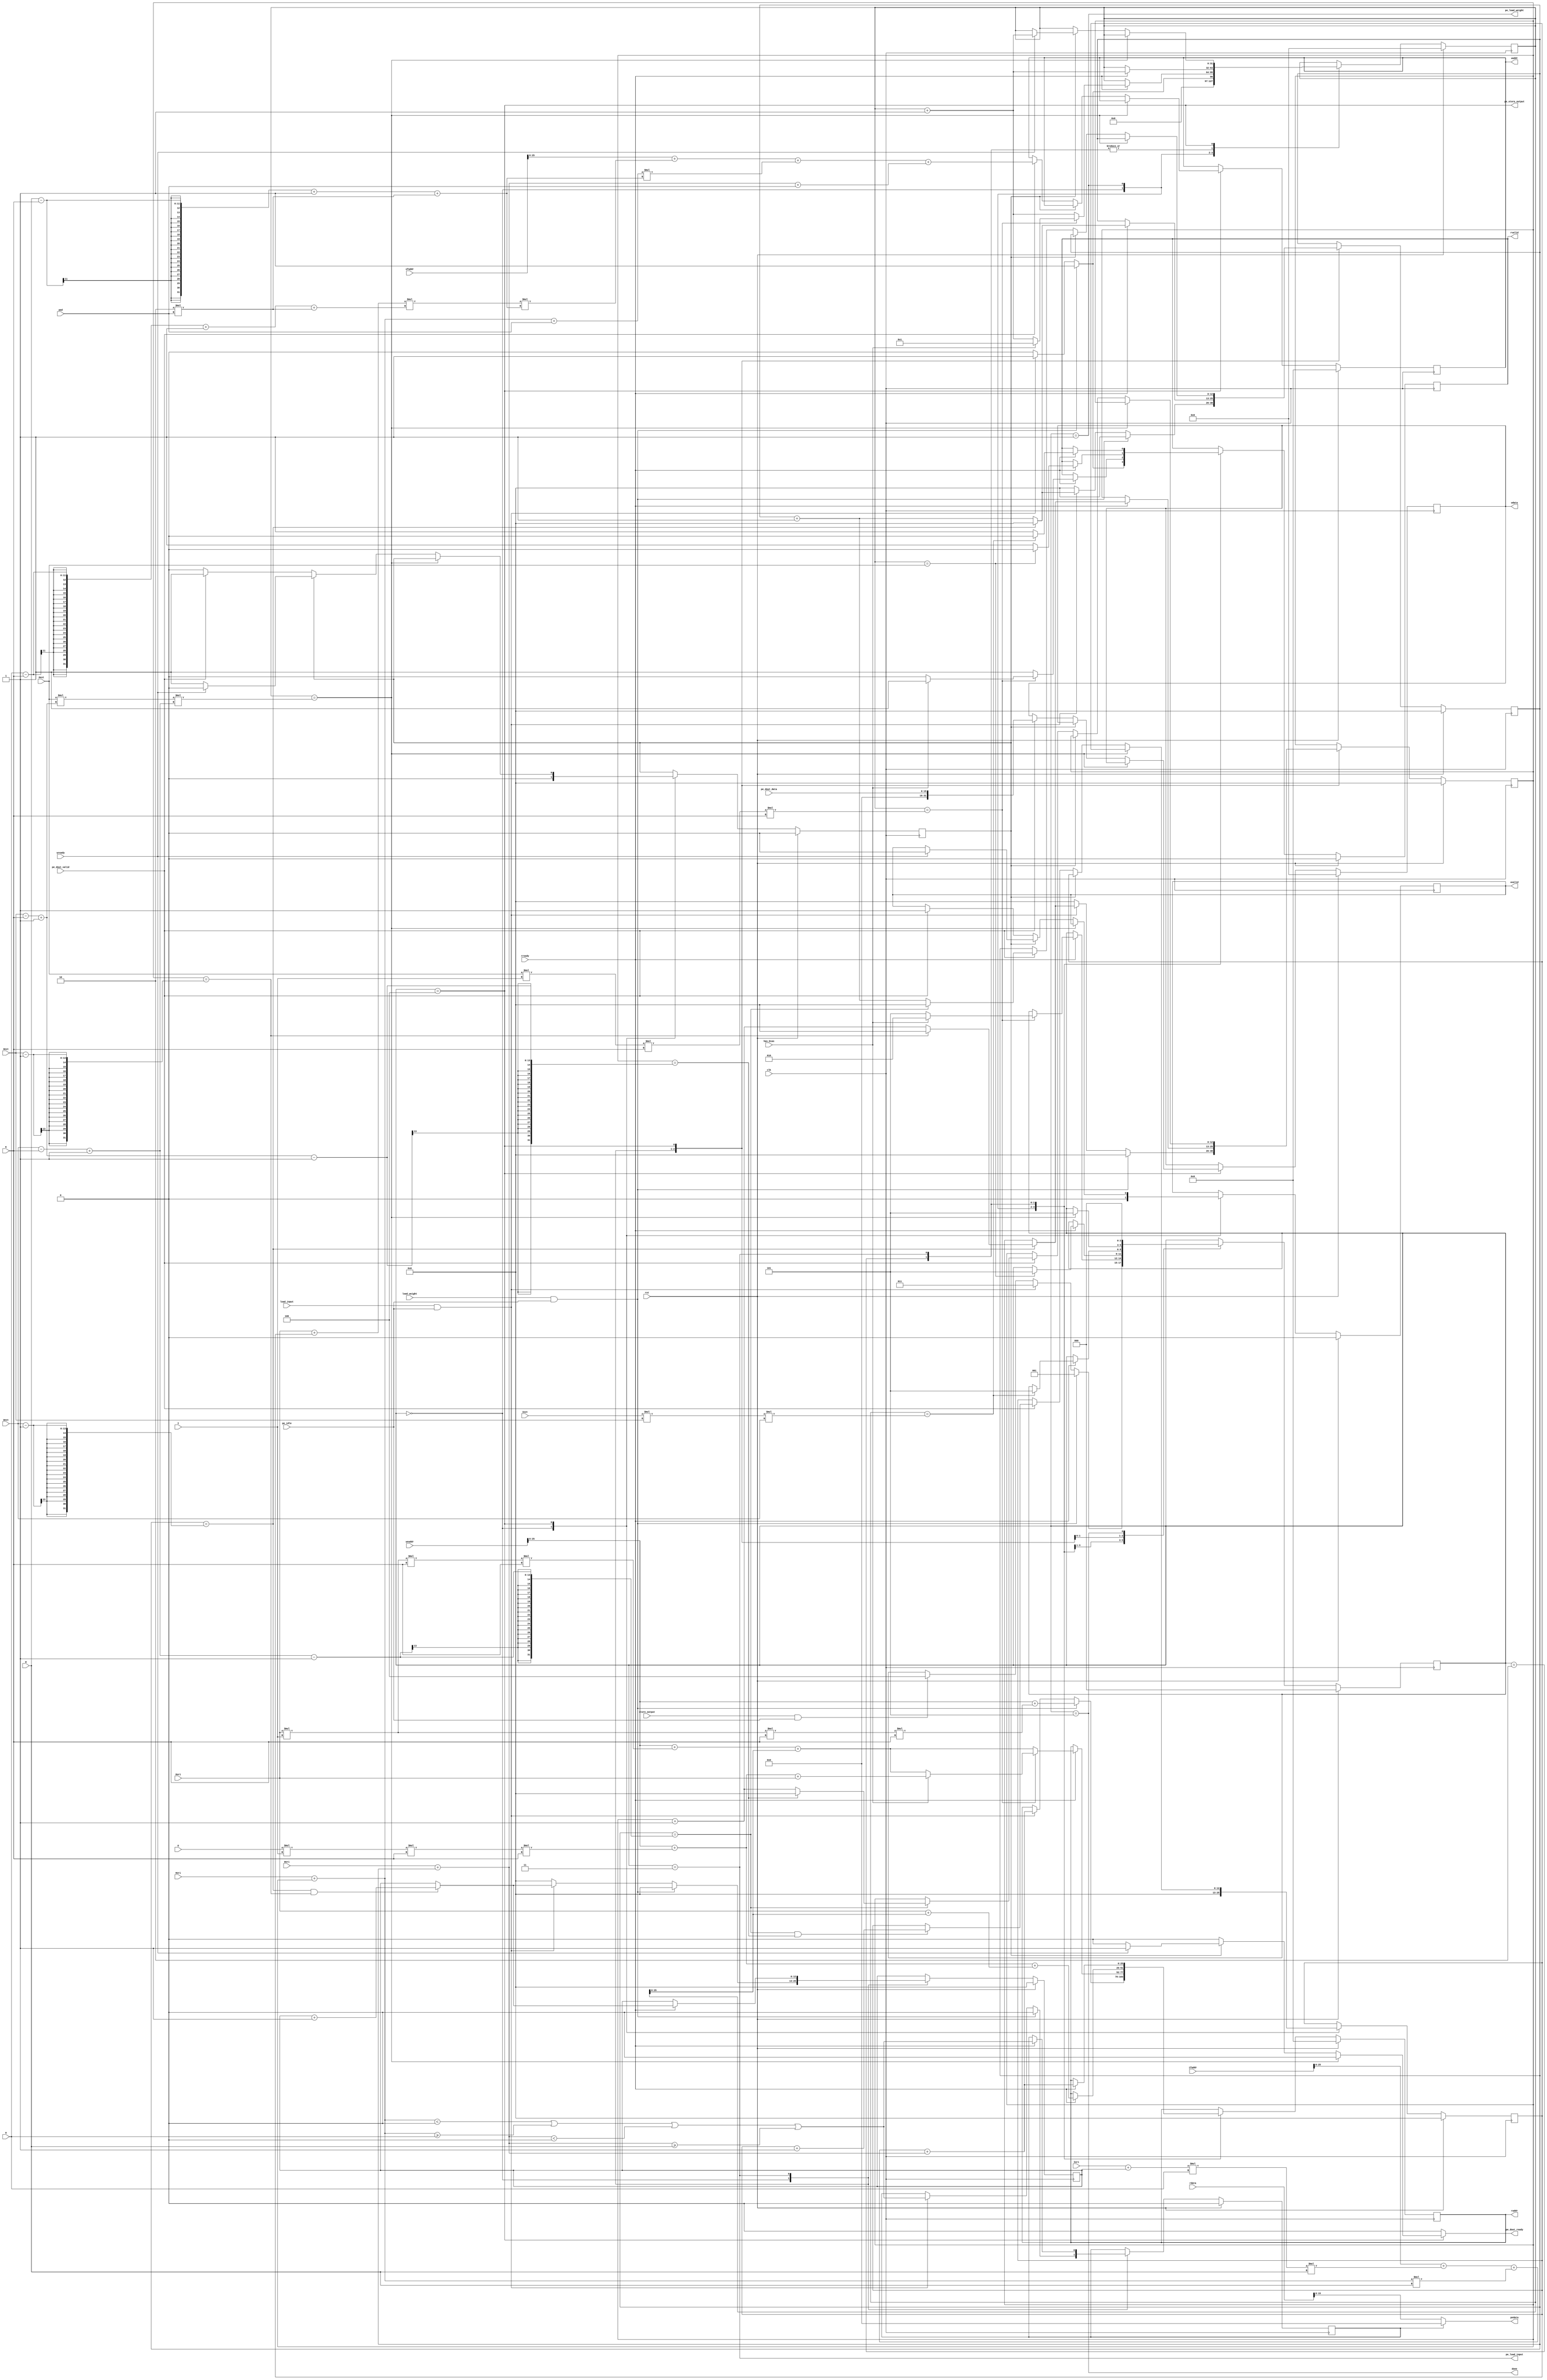
module CVDataLoader (
    input         clk,
    input         rst,
// layer-wise signals
    input  [10:0] I,
    input  [10:0] O,
    input   [4:0] K,
    input  [10:0] H,
    input  [10:0] W,
    input   [1:0] pad,
    input         has_bias,
    input  [26:0] ifaddr,
    input  [26:0] weaddr,
    input  [26:0] ofaddr,
// PE-wise signals
    input  [12:0] Iext,
    input  [12:0] Oext,
    input  [12:0] Hext,
    input  [12:0] Wext,
    input  [12:0] Iori,
    input  [12:0] Oori,
    input  [12:0] Hori,
    input  [12:0] Wori,
// PE control signals
    input         pe_dout_valid,
    output        pe_dout_ready,
    input  [15:0] pe_dout_data,
// decoder control signals
    input         load_weight,
    input         load_input,
    input         store_output,
    output        done,
// control signals to PE
    output        pe_load_weight,
    output        pe_load_input,
    output        pe_store_output,
    input         pe_idle,
// external memory interface
    output        wvalid,
    input         wready,
    output [25:0] waddr,
    output [31:0] wdata,
    output        rvalid,
    input         rready,
    output [25:0] raddr,
    input  [31:0] rdata,
// CVEngine data (for padding)
    output [15:0] pedata
);

// states
    reg   [2:0] state, state_next;
    parameter S_IDLE = 0;
    parameter S_LW   = 1;
    parameter S_LB   = 2;
    parameter S_LIF  = 3;
    parameter S_SOF  = 4;
    parameter S_DONE = 5;

// external memory interface
    reg  [25:0] waddr_r, waddr_w;
    reg  [25:0] raddr_r, raddr_w;
    reg         wvalid_r, wvalid_w;
    reg         rvalid_r, rvalid_w;
    reg  [31:0] wdata_r, wdata_w;
    reg         waiting_r, waiting_w;
    assign waddr = waddr_r;
    assign raddr = raddr_r;
    assign wvalid = wvalid_r;
    assign rvalid = rvalid_r;
    assign wdata = wdata_r;

// feature index counters
    wire [12:0] Hout;
    wire [12:0] Wout;
    reg  [12:0] h_w, h_r;
    reg  [12:0] w_w, w_r;
    reg  [12:0] o_w, o_r;
    reg  [12:0] i_w, i_r;
    reg  [31:0] cnt_r, cnt_w;
    assign Hout = Hext - K + 1;
    assign Wout = Wext - K + 1;

// signed additions are calculated here to prevent Verilog numerical errors 
    wire [12:0] Hori_plus_h;
    wire [12:0] Hori_plus_h_plus_pad;
    wire [12:0] Wori_plus_w;
    wire [12:0] Wori_plus_w_plus_pad;
    assign Hori_plus_h = Hori + h_r;
    assign Hori_plus_h_plus_pad = Hori + h_r + pad;
    assign Wori_plus_w = Wori + w_r;
    assign Wori_plus_w_plus_pad = Wori + w_r + pad;

// control signals    
    reg         pe_dout_ready_w, pe_dout_ready_r;
    assign pe_dout_ready = pe_dout_ready_w;
    assign done = state == S_DONE;
    assign pe_load_weight = state == S_LW;
    assign pe_load_input = state == S_LIF;
    assign pe_store_output = state == S_SOF;
    
    reg         is_pad_r, is_pad_w;
    assign pedata = is_pad_r ? 0 : rdata[15:0];

    always @ (*) begin
        cnt_w = cnt_r;
        waddr_w = waddr_r;
        raddr_w = raddr_r;
        wvalid_w = wvalid_r;
        rvalid_w = rvalid_r;
        wdata_w = wdata_r;
        waiting_w = waiting_r;
        pe_dout_ready_w = 1'b0;
        h_w = h_r;
        w_w = w_r;
        o_w = o_r;
        i_w = i_r;
        is_pad_w = is_pad_r;
        state_next = state;

        case(state)
            // S_IDLE:
            //      if PE is idle, then wait for load_weight, load_input, or store_output
            //      1. load_weight:  S_LW     
            //      2. load_input:   S_LIF
            //      3. store_output: S_SOF
            //
            //      if not broadcasting, when 'pe_idle' is high, the "selected" PE is idle
            //      if broadcasting, 'pe_idle' is high when all PEs are idle
            S_IDLE: begin
                h_w = 0;
                w_w = 0;
                o_w = 0;
                i_w = 0;
                rvalid_w = 1'b0;
                wvalid_w = 1'b0;
                waiting_w = 0;
                cnt_w = 0;
                if (load_weight && pe_idle) begin
                    rvalid_w = 1'b1;
                    is_pad_w = 0;
                    raddr_w = weaddr + Oori * I * K * K;
                    cnt_w = 1;
                    state_next = S_LW;
                end
                else if (load_input && pe_idle) begin
                    rvalid_w = 1'b1;
                    is_pad_w = ($signed(Hori + h_r) < $signed(0)) || ($signed(Hori + h_r) >= $signed(H))
                            || ($signed(Wori + w_r) < $signed(0)) || ($signed(Wori + w_r) >= $signed(W));
                    raddr_w = ifaddr + (Iori + i_r) * H * W + Hori_plus_h * W + Wori_plus_w;
                    w_w = (w_r == Wext - 1) ? 0 : w_r + 1;
                    h_w = (w_r == Wext - 1) ? ((h_r == (Hext - 1)) ? 0 : h_r + 1) : h_r;
                    i_w = ((w_r == Wext - 1) && (h_r == (Hext - 1))) ? i_r + 1 : i_r;
                    cnt_w = 1;
                    state_next = S_LIF;
                end
                else if (store_output && pe_idle) begin
                    state_next = S_SOF;
                end
            end
            S_LW: begin
                if (rready) begin
                    rvalid_w = 1'b1;
                    raddr_w = weaddr + Oori * I * K * K + cnt_r;
                    cnt_w = cnt_r + 1;
                    if (cnt_r == Oext * I * K * K) begin
                        if (has_bias) begin
                            raddr_w = weaddr + O * I * K * K + Oori;
                            cnt_w = 1;
                            state_next = S_LB;
                        end
                        else begin
                            rvalid_w = 1'b0;
                            state_next = S_DONE;
                        end
                    end
                end
            end
            S_LB: begin
                if (rready) begin
                    rvalid_w = 1'b1;
                    raddr_w = weaddr + O * I * K * K + (Oori + cnt_r);
                    cnt_w = cnt_r + 1;
                    if (cnt_r == Oext) begin
                        rvalid_w = 1'b0;
                        state_next = S_DONE;
                    end
                end
            end
            S_LIF: begin
                if (rready) begin
                    rvalid_w = 1'b1;
                    is_pad_w = ($signed(Hori + h_r) < $signed(0)) || ($signed(Hori + h_r) >= $signed(H))
                            || ($signed(Wori + w_r) < $signed(0)) || ($signed(Wori + w_r) >= $signed(W));
                    raddr_w = ifaddr + (Iori + i_r) * H * W + Hori_plus_h * W + Wori_plus_w;
                    w_w = (w_r == Wext - 1) ? 0 : w_r + 1;
                    h_w = (w_r == Wext - 1) ? ((h_r == (Hext - 1)) ? 0 : h_r + 1) : h_r;
                    i_w = ((w_r == Wext - 1) && (h_r == (Hext - 1))) ? i_r + 1 : i_r;
                    cnt_w = cnt_r + 1;
                    if (cnt_r == Iext * Hext * Wext) begin
                        rvalid_w = 1'b0;
                        state_next = S_DONE;
                    end
                end
            end
            S_SOF: begin
                if (cnt_r == Oext * Hout * Wout) begin
                    state_next = S_DONE;
                end
                else begin
                    if (~waiting_r) begin
                        if (pe_dout_valid) begin
                            wvalid_w = 1'b1;
                            waddr_w = ofaddr + (Oori + o_r) * (H - K + 1 + 2*pad) * (W - K + 1 + 2*pad) 
                                    + Hori_plus_h_plus_pad * (W - K + 1 + 2*pad) + Wori_plus_w_plus_pad;
                            w_w = (w_r == Wout - 1) ? 0 : w_r + 1;
                            h_w = (w_r == Wout - 1) ? ((h_r == (Hout - 1)) ? 0 : h_r + 1) : h_r;
                            o_w = ((w_r == Wout - 1) && (h_r == (Hout - 1))) ? o_r + 1 : o_r;
                            wdata_w = {16'b0, pe_dout_data};
                            waiting_w = 1;
                        end
                    end
                    else if (wready) begin
                        wvalid_w = 1'b0;
                        cnt_w = cnt_r + 1;
                        pe_dout_ready_w = 1'b1;
                        waiting_w = 0;
                    end
                end
            end
            S_DONE: begin
                state_next = S_IDLE;
            end
        endcase
    end

    always @ (posedge clk) begin
        if(rst) begin
            cnt_r <= 0;
            waddr_r <= 0;
            raddr_r <= 0;
            wvalid_r <= 0;
            rvalid_r <= 0;
            wdata_r <= 0;
            waiting_r <= 0;
            pe_dout_ready_r <= 0;
            h_r <= 0;
            w_r <= 0;
            o_r <= 0;
            i_r <= 0;
            is_pad_r <= 0;
            state <= S_IDLE;
        end
        else begin
            cnt_r <= cnt_w;
            waddr_r <= waddr_w;
            raddr_r <= raddr_w;
            wvalid_r <= wvalid_w;
            rvalid_r <= rvalid_w;
            wdata_r <= wdata_w;
            waiting_r <= waiting_w;
            pe_dout_ready_r <= pe_dout_ready_w;
            h_r <= h_w;
            w_r <= w_w;
            o_r <= o_w;
            i_r <= i_w;
            is_pad_r <= is_pad_w;
            state <= state_next;
        end
    end
endmodule